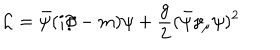
{ \cal L } = \bar { \psi } ( i \partial \! \! \! / - m ) \psi + \frac { g } { 2 } ( \bar { \psi } \gamma _ { \mu } \psi ) ^ { 2 }